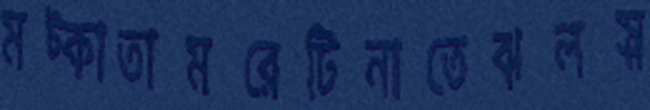
মট্‌কাতামরেটিনাতেঝলস্ন